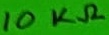
Text: 10KΩ